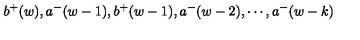
b ^ { + } ( w ) , a ^ { - } ( w - 1 ) , b ^ { + } ( w - 1 ) , a ^ { - } ( w - 2 ) , \cdots , a ^ { - } ( w - k )